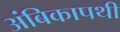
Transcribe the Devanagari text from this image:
अंबिकापथी